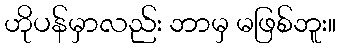
ဟိုပန်မှာလည်း ဘာမှ မဖြစ်ဘူး။